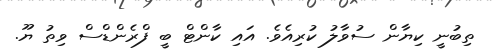
ތިބުނީ ކިޔާން ސުވާލު ކުރިއެވެ. އައި ކާންޓް ބީ ފްރެންޑްސް ވިތު ޔޫ.